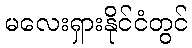
မလေးရှားနိုင်ငံတွင်